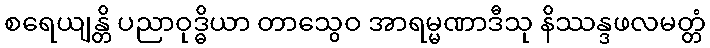
စရေယျန္တိ ပညာဝုဒ္ဓိယာ တာသွေဝ အာရမ္မဏာဒီသု နိဿန္ဒဖလမတ္တံ